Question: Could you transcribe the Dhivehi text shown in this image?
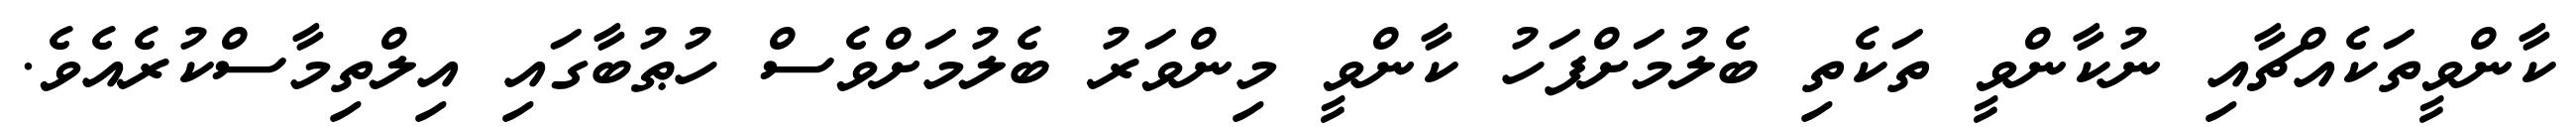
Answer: ކާންވީތަކެއްޗާއި ނުކާންވީ ތަކެތި ބެލުމަށްފަހު ކާންވީ މިންވަރު ބެލުމަށްވެސް ހުޠުބާގައި އިލްތިމާސްކުރެއެވެ.